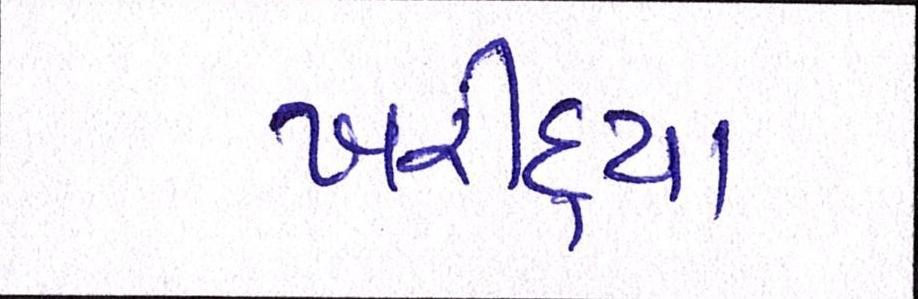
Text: ખરીદ્યા